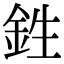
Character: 鉎